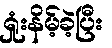
ရှုံးနိမ့်ခဲ့ပြီး